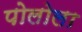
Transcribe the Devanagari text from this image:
पोलोला